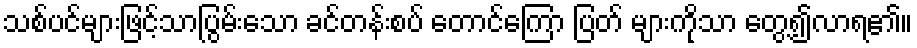
သစ်ပင်များဖြင့်သာပြွမ်းသော ခင်တန်းစပ် တောင်ကြော ပြတ် များကိုသာ တွေ့၍လာရ၏။